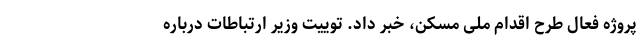
پروژه فعال طرح اقدام ملی مسکن، خبر داد. توییت وزیر ارتباطات درباره